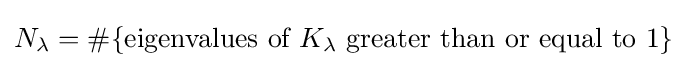
N_{\lambda }=\#\{{\text{eigenvalues of }}K_{\lambda }{\text{ greater than or equal to }}1\}